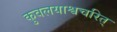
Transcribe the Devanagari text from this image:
कुवलयाश्वचरित्